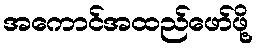
အကောင်အထည်ဖော်ဖို့